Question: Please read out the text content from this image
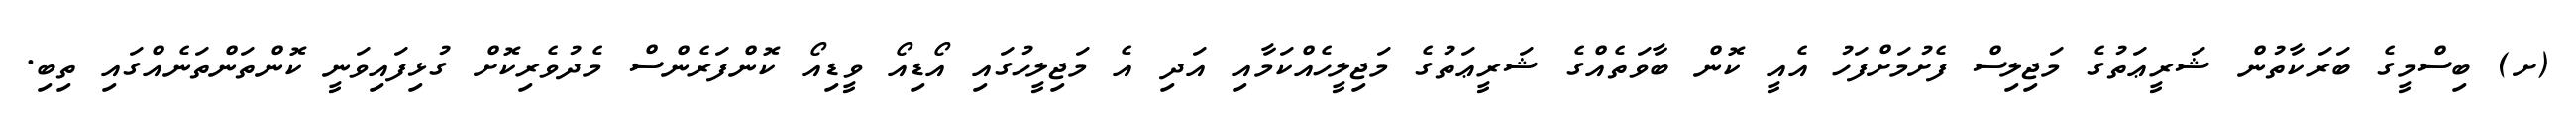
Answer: (ށ) ބިސްމީގެ ބަރަކާތުން ޝަރީޢަތުގެ މަޖިލިސް ފެށުމަށްފަހު އެއީ ކޮން ބާވަތެއްގެ ޝަރީޢަތުގެ މަޖިލީހެއްކަމާއި އަދި އެ މަޖިލީހުގައި އޯޑިއޯ ވީޑިއޯ ކޮންފަރެންސް މެދުވެރިކޮށް ގުޅިފައިވަނީ ކޮންތަންތަނެއްގައި ތިބި.